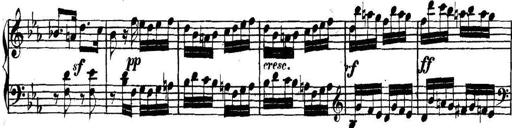
Title: Collected Piano Sonatas
Composer: Muzio Clementi